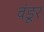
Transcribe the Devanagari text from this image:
वंडूर